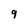
Character: 9